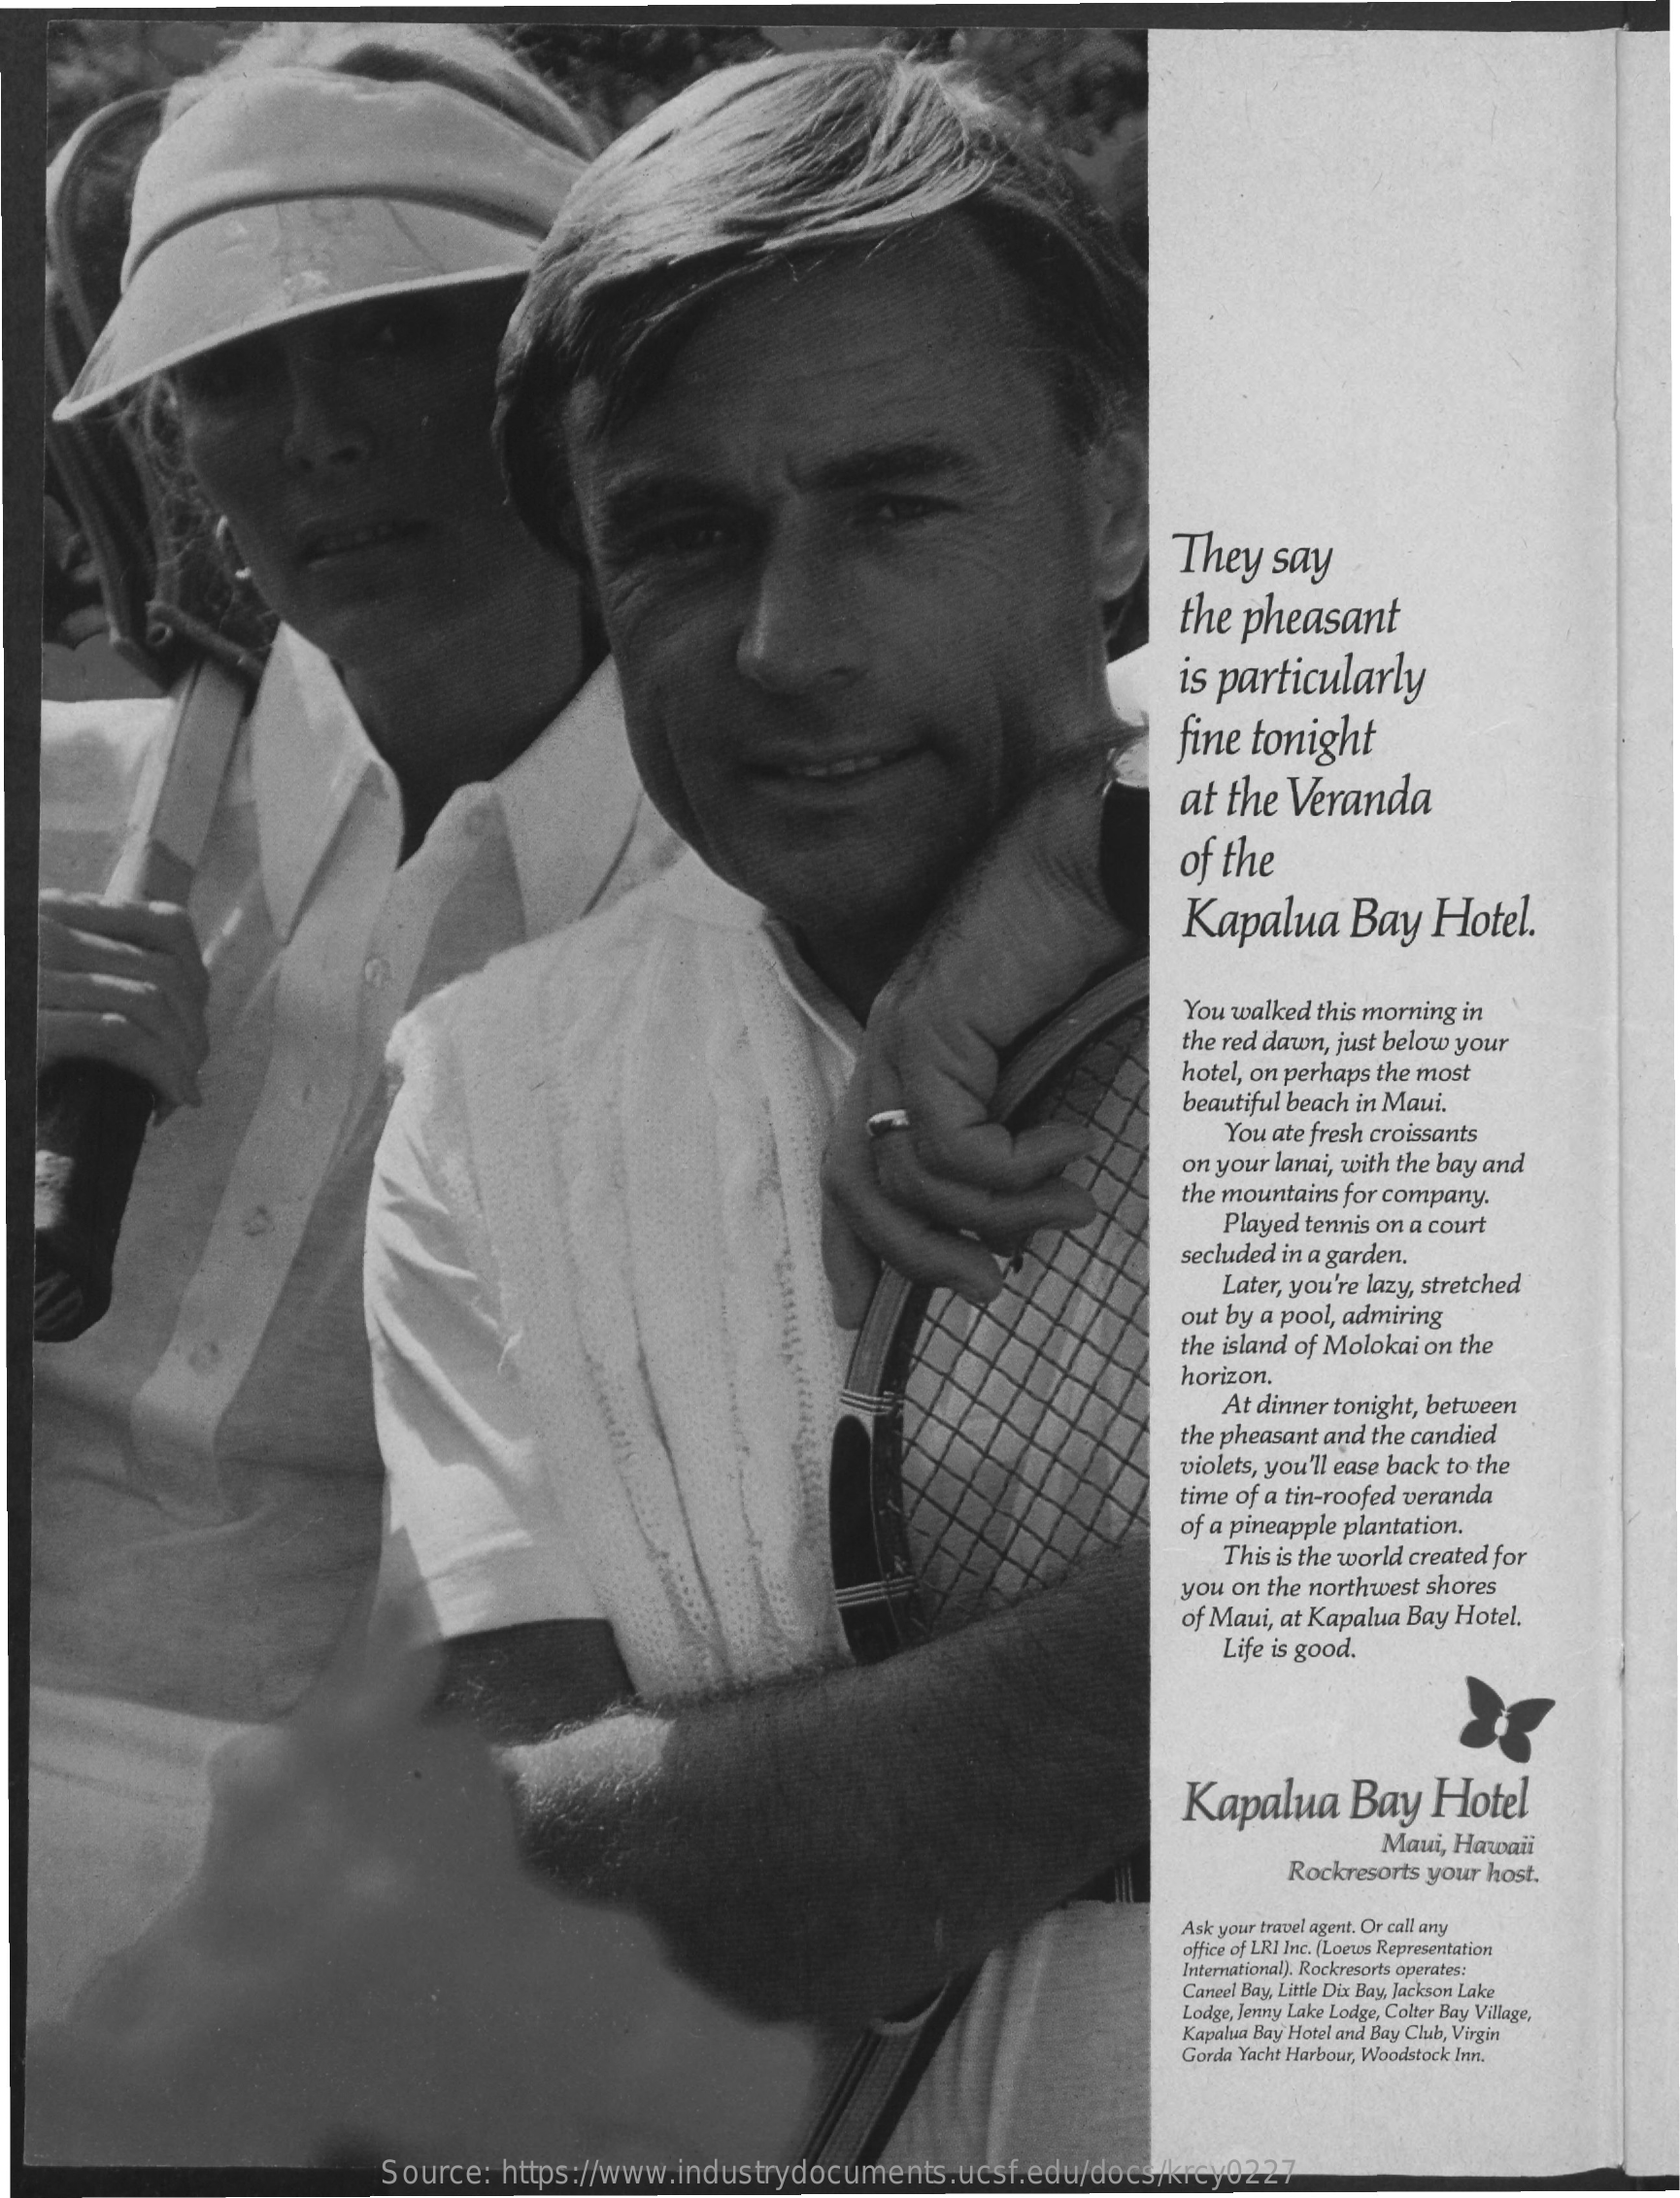
They  say
     the pheasant
     is particularly
     fine tonight
     at the Veranda
     of the
     Kapalua    Bay  Hotel.
     You walked this morning in
     the red dawn, just below your
     hotel, on perhaps the most
     beautiful beach in Maui.
     You ate fresh croissants
     on your lanai, with the bay and
     the mountains for company.
     Played tennis on a court
     secluded in a garden.
     Later, you're lazy, stretched
     out by a pool, admiring
     the island of Molokai on the
     horizon.
     At dinner tonight, between
     the pheasant and the candied
     violets, you'll ease back to the
     time of a tin-roofed veranda
     of a pineapple plantation.
     This is the world created for
     you on the northwest shores
     of Maui, at Kapalua Bay Hotel.
     Life is good.
     Kapalua    Bay  Hotel
     Maui, Hawaii
     Rockresorts your host.
     Ask your travel agent. Or call anty
     office of LRI Inc. (Loews Representation
     International). Rockresorts operates:
     Caneel Bay, Little Dix Bay, Jackson Lake
     Lodge, Jenny Lake Lodge, Colter Bay Village,
     Kapalua Bay Hotel and Bay Club, Virgin
     Gorda Yacht Harbour, Woodstock Inn.
     Source: https://www.industrydocuments.ucsf.edu/docs/krcy0227